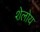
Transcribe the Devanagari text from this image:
शेलोय